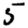
Digit: 5